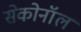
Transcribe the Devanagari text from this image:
सेकोनॉल